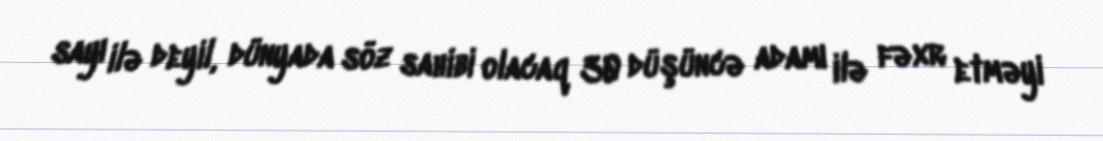
sayı ilə deyil, dünyada söz sahibi olacaq 30 düşüncə adamı ilə fəxr etməyi